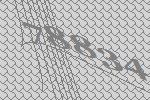
78834